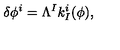
\delta \phi ^ { i } = \Lambda ^ { I } k _ { I } ^ { i } ( \phi ) ,